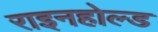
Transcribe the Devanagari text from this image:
राइनहोल्ड